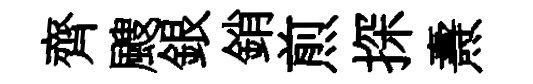
齊颼銀銷煎探燾